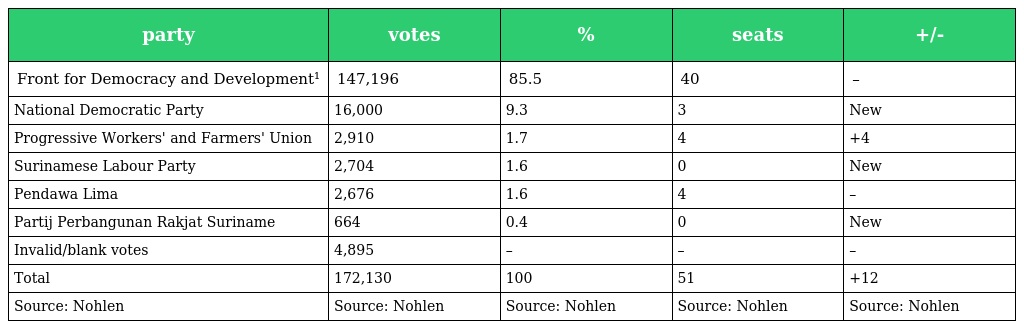
| party | votes | % | seats | +/- |
 | --- | --- | --- | --- | --- |
 | Front for Democracy and Development¹ | 147,196 | 85.5 | 40 | – |
 | National Democratic Party | 16,000 | 9.3 | 3 | New |
 | Progressive Workers' and Farmers' Union | 2,910 | 1.7 | 4 | +4 |
 | Surinamese Labour Party | 2,704 | 1.6 | 0 | New |
 | Pendawa Lima | 2,676 | 1.6 | 4 | – |
 | Partij Perbangunan Rakjat Suriname | 664 | 0.4 | 0 | New |
 | Invalid/blank votes | 4,895 | – | – | – |
 | Total | 172,130 | 100 | 51 | +12 |
 | Source: Nohlen | Source: Nohlen | Source: Nohlen | Source: Nohlen | Source: Nohlen |